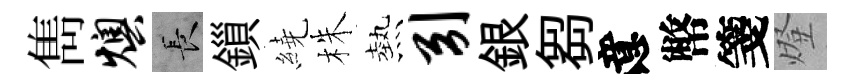
雋燠长鎻繞株熱引銀芻意幣箋燈